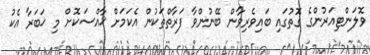
ވޮލަންޓިއަރުންގެ ގޮތުގައި ބައިވެރިވާން ބޭނުންވާ ފަރާތްތަކުން އެކަމަށް ޚާއްސަކޮށް މި ޚަބަރާ އެކު